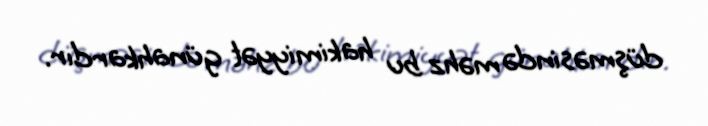
düşməsində məhz bu hakimiyyət günahkardır.